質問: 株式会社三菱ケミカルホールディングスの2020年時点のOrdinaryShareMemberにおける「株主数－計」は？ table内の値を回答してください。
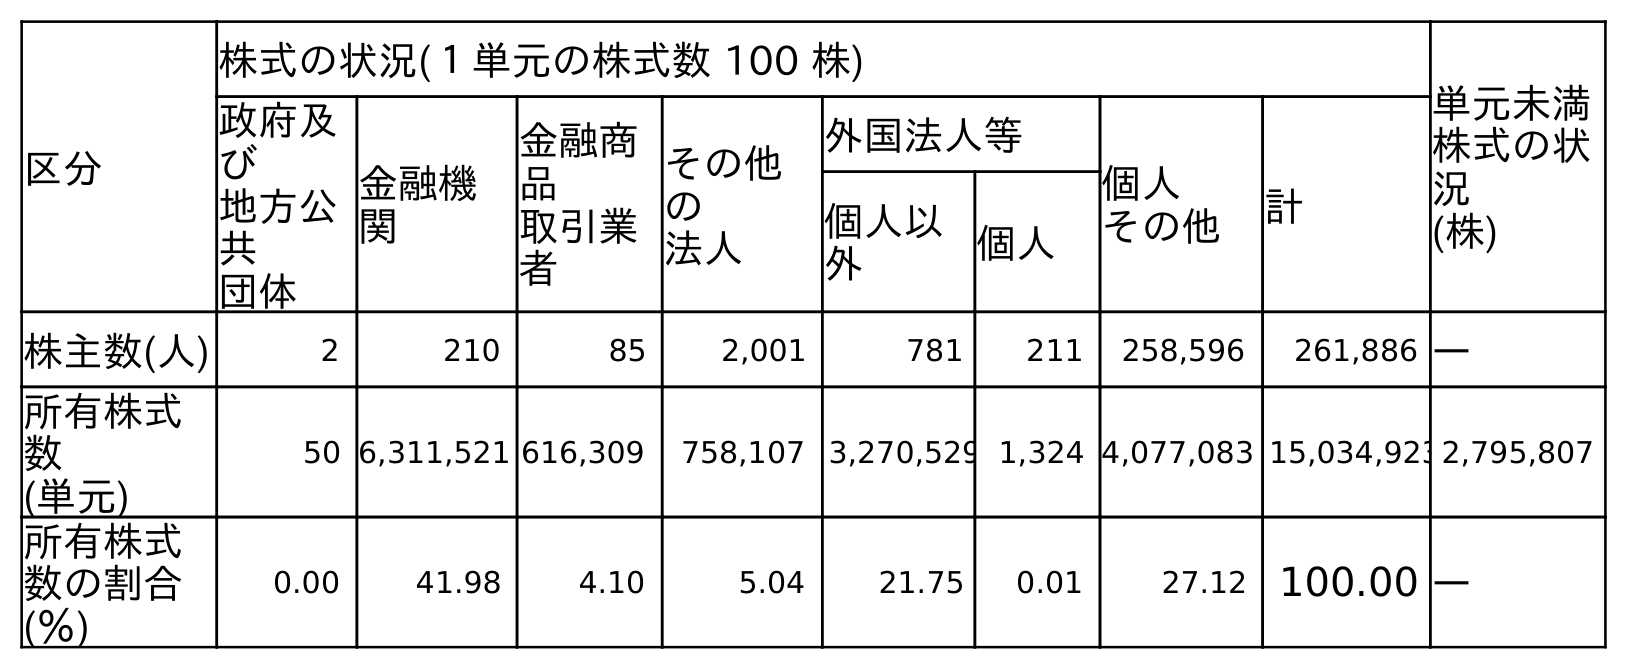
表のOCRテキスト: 区分 株式の状況(１単元の株式数 100 株) 単元未満 株式の状 況 (株) 政府及 び 地方公 共 団体 金融機 関 金融商 品 取引業 者 その他 の 法人 外国法人等 個人 その他 計 個人以 外 個人 株主数(人) 2 210 85 2,001 781 211 258,596 261,886 ― 所有株式 数 (単元) 50 6,311,521 616,309 758,107 3,270,529 1,324 4,077,083 15,034,9232,795,807 所有株式 数の割合 (％) 0.00 41.98 4.10 5.04 21.75 0.01 27.12 100.00 ―
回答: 261,886